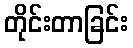
တိုင်းတာခြင်း